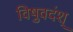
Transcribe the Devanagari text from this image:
विषुवदंश्